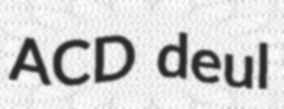
ACD deul